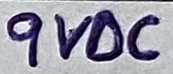
Text: 9VDC